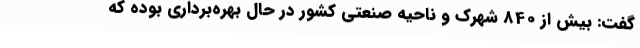
گفت: بیش از 840 شهرک و ناحیه صنعتی کشور در حال بهره‌برداری بوده که